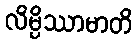
လိမ္ပိဿာမာတိ